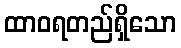
ထာဝရတည်ရှိသော